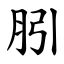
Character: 䏖